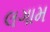
લગામ